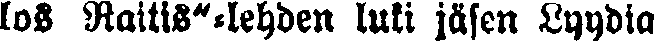
los Raitis"-lehden luki jäsen Lyydia